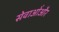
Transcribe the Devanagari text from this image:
सेवाओंऔर